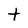
Character: t